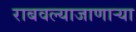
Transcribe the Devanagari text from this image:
राबवल्याजाणार्‍या